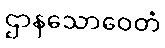
ဌာနသောဝေတံ